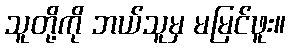
သူတို့ကို ဘယ်သူမှ မမြင်ဖူး။